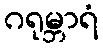
ဂရုမ္ဘာရံ